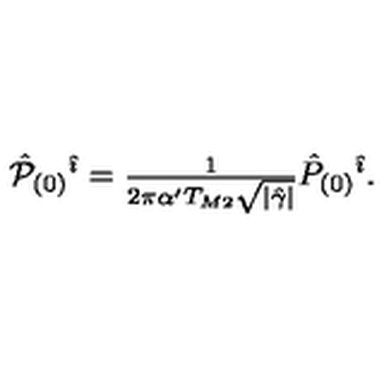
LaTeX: { \hat { \cal P } } _ { ( 0 ) } { } ^ { \hat { \imath } } = { \textstyle \frac { 1 } { 2 \pi \alpha ^ { \prime } T _ { M 2 } \sqrt { | \hat { \gamma } | } } } { \hat { P } } _ { ( 0 ) } { } ^ { \hat { \imath } } .